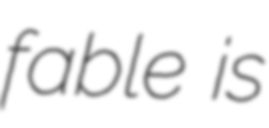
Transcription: fable is